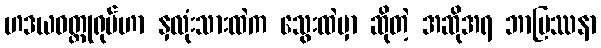
ဟဒယဝတ္ထုရုပ်ဟာ နှလုံးသားထဲက သွေးထဲမှာ ဆိုတဲ့ အဆိုအရ ဘာပြဿနာ